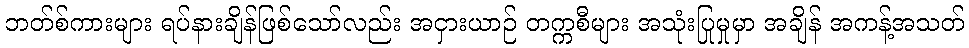
ဘတ်စ်ကားများ ရပ်နားချိန်ဖြစ်သော်လည်း အငှားယာဉ် တက္ကစီများ အသုံးပြုမှုမှာ အချိန် အကန့်အသတ်